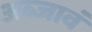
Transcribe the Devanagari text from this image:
अब्जावं